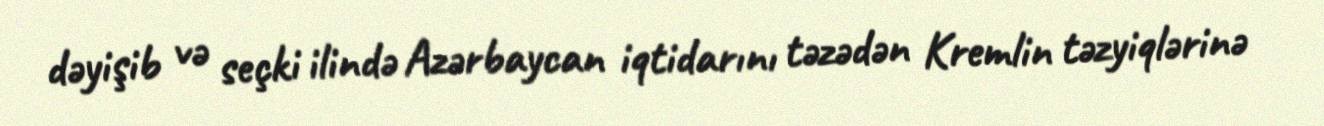
dəyişib və seçki ilində Azərbaycan iqtidarını təzədən Kremlin təzyiqlərinə